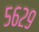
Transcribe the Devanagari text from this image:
५६२९